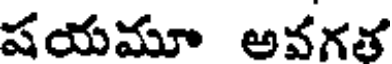
షయమూ అవగత